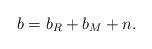
\begin{align*}b = b_R + b_M + n.\end{align*}